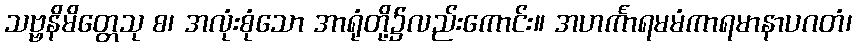
သဗ္ဗနိမိတ္တေသု စ၊ အလုံးစုံသော အာရုံတို့၌လည်းကောင်း။ အဟင်္ကာရမမံကာရမာနာပဂတံ၊